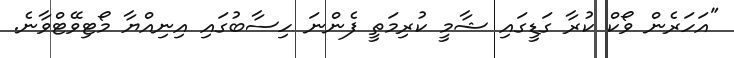
"އަހަރެން ވޯކް ކުރާ ގަޑީގައި ޝާމީ ކުރިމަތީ ފެންނަ ހިސާބުގައި އިނިއްޔާ މޯޓިވޭޓްވާނެ.